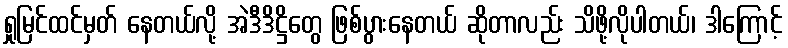
ရှုမြင်ထင်မှတ် နေတယ်လို့ အဲဒီဒိဋ္ဌိတွေ ဖြစ်ပွားနေတယ် ဆိုတာလည်း သိဖို့လိုပါတယ်၊ ဒါကြောင့်